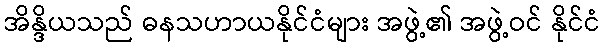
အိန္ဒိယသည် ဓနသဟာယနိုင်ငံများ အဖွဲ့၏ အဖွဲ့ဝင် နိုင်ငံ